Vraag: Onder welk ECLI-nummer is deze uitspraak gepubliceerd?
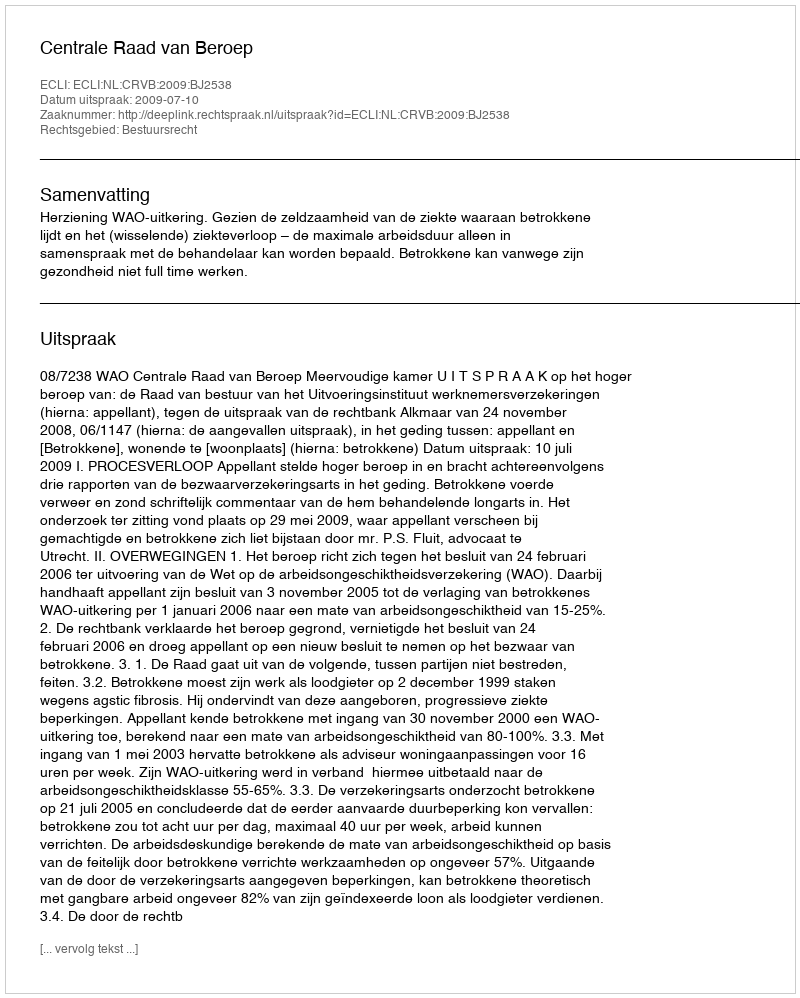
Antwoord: ECLI:NL:CRVB:2009:BJ2538